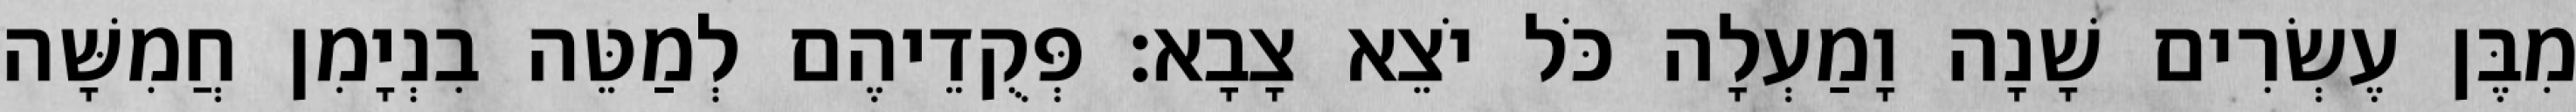
מִבֶּן עֶשְׂרִים שָׁנָה וָמַעְלָה כֹּל יֹצֵא צָבָא׃ פְּקֻדֵיהֶם לְמַטֵּה בִנְיָמִן חֲמִשָּׁה